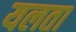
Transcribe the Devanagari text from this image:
यलता